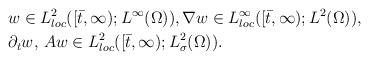
LaTeX: \begin{align*}&w\in L^2_{loc}([\bar t,\infty); L^\infty(\Omega)), \nabla w\in L^\infty_{loc}([\bar t,\infty); L^2(\Omega)), \\&\partial_tw,\, Aw\in L^2_{loc}([\bar t,\infty); L^2_\sigma(\Omega)).\end{align*}